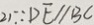
2 ) \because D E / / B C